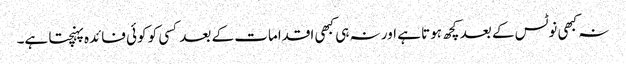
نہ کبھی نوٹس کے بعد کچھ ہوتا ہے اور نہ ہی کبھی اقدامات کے بعد کسی کو کوئی فائدہ پہنچتا ہے۔